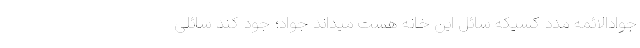
جوادالائمه مدد کسیکه سائل این خانه هست میداند جواد؛ جود کند سائلی